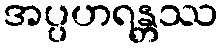
အပ္ပဟရန္တဿ